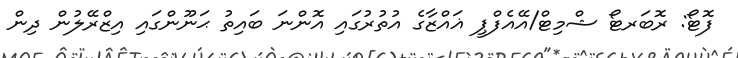
ފޮޓޯ: ރޮބަރޓޯ ޝްމިޓް/އޭއެފްޕީ ޣައްޒާގެ އުތުރުގައި އޮންނަ ބައިތު ޙަނޫންގައި އިޒްރޭލުން ދިން